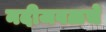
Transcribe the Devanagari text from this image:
नदीजवळचे